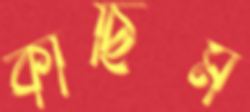
কাছিম